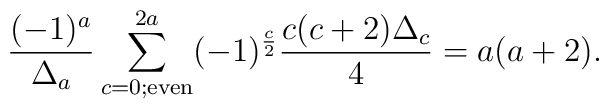
{ (-1)^{a} \over \Delta_{a} }\sum_{c=0; {\rm even}}^{2a} 	(-1)^{\frac{c}{2}} { c(c+2) \Delta_{c} 	\over 4} = a(a+2).